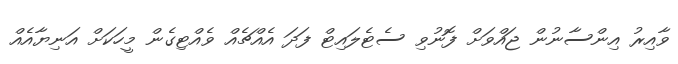
ވާއިރު އިންސާނުން ޖައްވަށް ފޮނުވި ސެޓެލައިޓް ފަދަ އެއްޗެއް ވެއްޓިގެން މީހަކަށް އަނިޔާއެއް